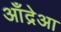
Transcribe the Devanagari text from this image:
आँद्रेआ